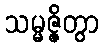
သမ္မဇ္ဇိတွာ